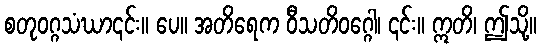
စတုဝဂ္ဂသံဃာ၎င်း။ ပေ။ အတိရေက ဝီသတိဝဂ္ဂေါ၊ ၎င်း။ ဣတိ၊ ဤသို့။